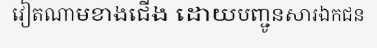
វៀតណាមខាងជើង ដោយបញ្ជូនសារឯកជន